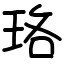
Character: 珞